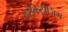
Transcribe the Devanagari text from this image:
साईंकेट्रीजिंग